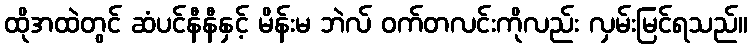
ထိုအထဲတွင် ဆံပင်နီနီနှင့် မိန်းမ ဘဲလ် ဝက်တလင်းကိုလည်း လှမ်းမြင်ရသည်။